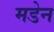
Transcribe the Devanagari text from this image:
मडेन